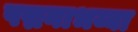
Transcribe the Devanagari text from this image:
पद्मनाभय्या